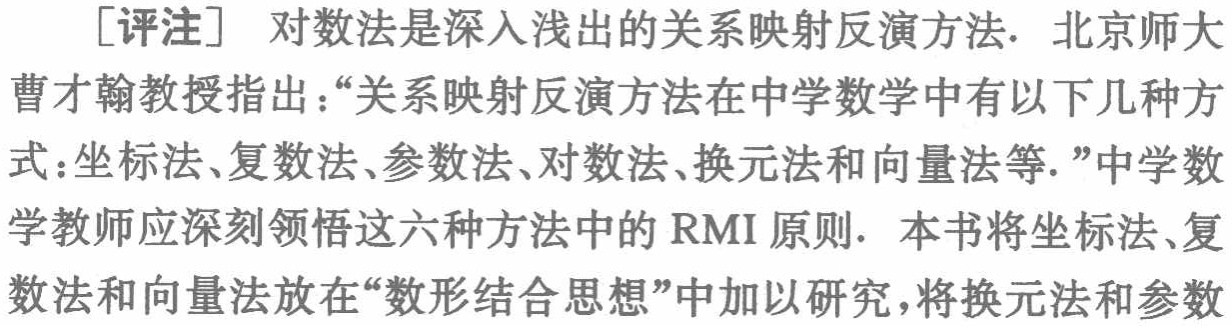
[评注] 对数法是深入浅出的关系映射反演方法. 北京师大曹才翰教授指出：“关系映射反演方法在中学数学中有以下几种方式：坐标法、复数法、参数法、对数法、换元法和向量法等.”中学数学教师应深刻领悟这六种方法中的 RMI 原则. 本书将坐标法、复数法和向量法放在“数形结合思想”中加以研究，将换元法和参数